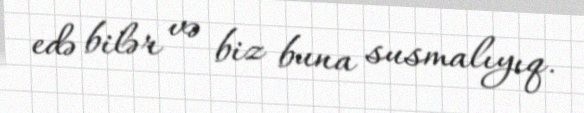
edə bilər və biz buna susmalıyıq.